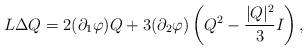
\begin{align*}L\Delta Q = 2(\partial_1\varphi) Q + 3 (\partial_2\varphi) \left(Q^2-\frac{|Q|^2}{3}I\right),\end{align*}